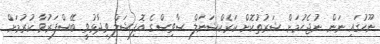
ނޫހުގައި ނަން ނުޖެހުމަށް ޝަރުތުކޮށް ކަރެކްޝަނަލް ސާވިސްގެ އޮފިޝަލް ވިދާޅުވީ ބޭސްފަރުވާ ކުރުމަށް